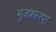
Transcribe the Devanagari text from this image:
मुज़फ्फ़रपुर